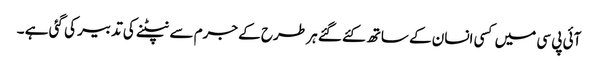
آئی پی سی میں کسی انسان کے ساتھ کئے گئے ہر طرح کے جرم سے نپٹنے کی تدبیر کی گئی ہے ۔